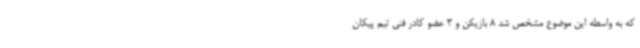
که به واسطه این‌ موضوع مشخص شد 8 بازیکن و 3 عضو کادر فنی تیم پیکان